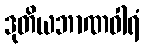
ဒုတိယဘာဏဝါရံ